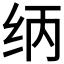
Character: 𰬃